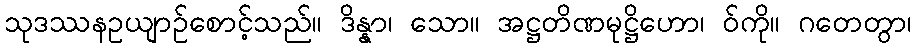
သုဒဿနဥယျာဉ်စောင့်သည်။ ဒိန္နာ၊ သော။ အဋ္ဌတိဏမုဋ္ဌိဟော၊ ဝ်ကို။ ဂတေတွာ၊